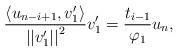
LaTeX: \begin{align*}\frac{\left<u_{n-i+1},v_1^\prime\right>}{\left|\left|v_1^\prime\right|\right|^2}v_1^\prime=\frac{t_{i-1}}{\varphi_1}u_n,\end{align*}